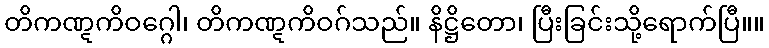
တိကဏ္ဋကိဝဂ္ဂေါ၊ တိကဏ္ဋကိဝဂ်သည်။ နိဋ္ဌိတော၊ ပြီးခြင်းသို့ရောက်ပြီ။။